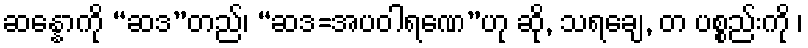
ဆန္နောကို “ဆဒ”တည်၊ “ဆဒ=အပဝါရဏေ”ဟု ဆို, သရချေ, တ ပစ္စည်းကို ၊